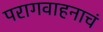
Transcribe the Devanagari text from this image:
परागवाहनाचं